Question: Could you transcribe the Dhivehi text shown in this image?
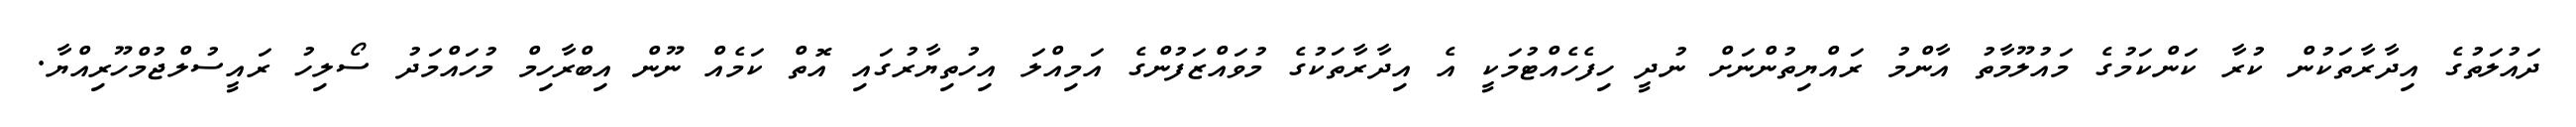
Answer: ދައުލަތުގެ އިދާރާތަކުން ކުރާ ކަންކަމުގެ މައުލޫމާތު އާންމު ރައްޔިތުންނަށް ނުދީ ހިފެހެއްޓުމަކީ އެ އިދާރާތަކުގެ މުވައްޒަފުންގެ އަމިއްލަ އިހުތިޔާރުގައި އޮތް ކަމެއް ނޫން އިބްރާހިމް މުހައްމަދު ސޯލިހު ރައީސުލްޖުމްހޫރިއްޔާ.